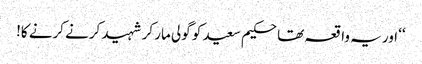
‘‘ اور یہ واقعہ تھا حکیم سعید کو گولی مار کر شہید کرنے کرنے کا!